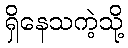
ရှိနေသကဲ့သို့